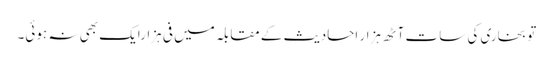
تو بخاری کی سات آٹھ ہزار احادیث کے مقابلہ میں فی ہزارایک بھی نہ ہوئی۔